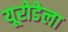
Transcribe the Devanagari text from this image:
यूरोडेला